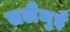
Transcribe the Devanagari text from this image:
तलैमुई